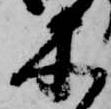
木